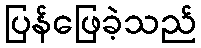
ပြန်ဖြေခဲ့သည်